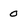
Character: 0